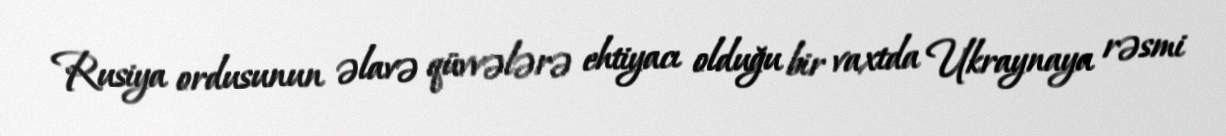
Rusiya ordusunun əlavə qüvvələrə ehtiyacı olduğu bir vaxtda Ukraynaya rəsmi